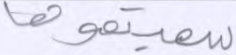
سميتموها